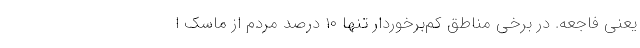
یعنی فاجعه. در برخی مناطق کم‌برخوردار تنها ۱۰ درصد مردم از ماسک ا